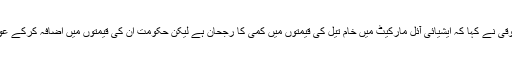
اپنے ایک بیان خدیجہ فاروقی نے کہا کہ ایشیائی آئل مارکیٹ میں خام تیل کی قیمتوں میں کمی کا رجحان ہے لیکن حکومت ان کی قیمتوں میں اضافہ کرکے عوام پر بوجھ ڈال رہی ہے ۔